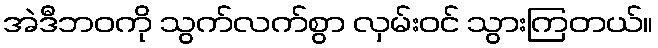
အဲဒီဘဝကို သွက်လက်စွာ လှမ်းဝင် သွားကြတယ်။